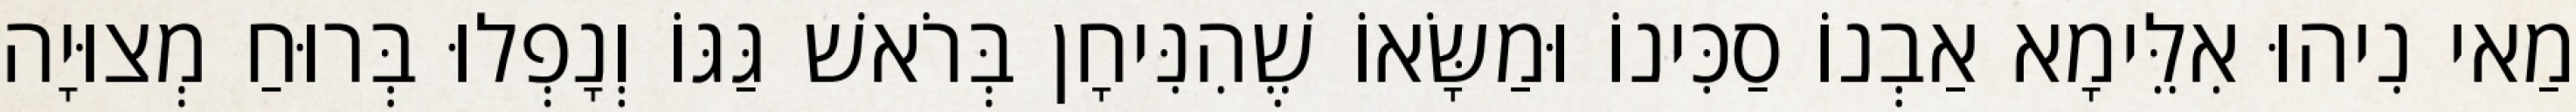
מַאי נִיהוּ אִלֵּימָא אַבְנוֹ סַכִּינוֹ וּמַשָּׂאוֹ שֶׁהִנִּיחָן בְּרֹאשׁ גַּגּוֹ וְנָפְלוּ בְּרוּחַ מְצוּיָה